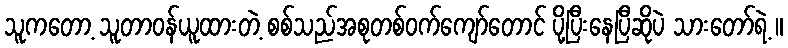
သူကတော့ သူတာဝန်ယူထားတဲ့ စစ်သည်အစုတစ်ဝက်ကျော်တောင် ပို့ပြီးနေပြီဆိုပဲ သားတော်ရဲ့ ။